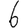
Digit: 6